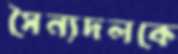
সৈন্যদলকে